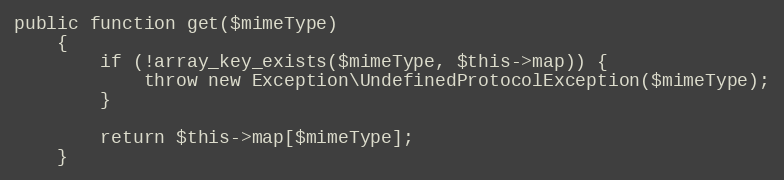
Language: PHP
public function get($mimeType)
    {
        if (!array_key_exists($mimeType, $this->map)) {
            throw new Exception\UndefinedProtocolException($mimeType);
        }

        return $this->map[$mimeType];
    }